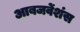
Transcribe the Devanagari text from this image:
आबजर्वेशंस